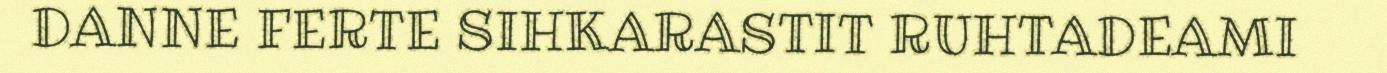
DANNE FERTE SIHKARASTIT RUHTADEAMI